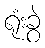
ရုံးခွဲ